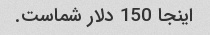
اینجا 150 دلار شماست.